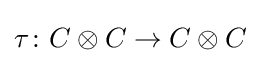
\tau \colon C\otimes C\to C\otimes C